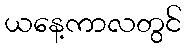
ယနေ့ကာလတွင်